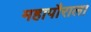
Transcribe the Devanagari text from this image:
महापौराला